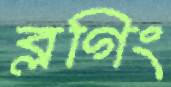
ব্লগিং